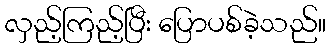
လှည့်ကြည့်ပြီး ပြောပစ်ခဲ့သည်။